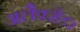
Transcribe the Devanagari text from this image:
अलैक्सेंडर